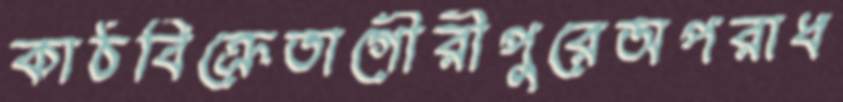
কাঠবিক্রেতাগৌরীপুরেঅপরাধ